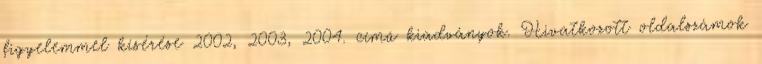
figyelemmel kísérése 2002, 2003, 2004. című kiadványok. Hivatkozott oldalszámok